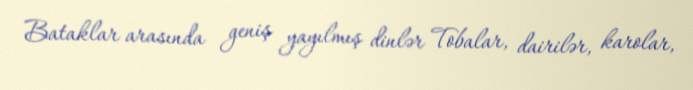
Bataklar arasında geniş yayılmış dinlər Tobalar, dairilər, karolar,